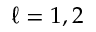
\ell = 1 , 2